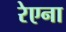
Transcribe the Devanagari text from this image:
रेएना